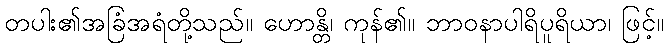
တပါး၏အခြံအရံတို့သည်။ ဟောန္တိ၊ ကုန်၏။ ဘာဝနာပါရိပူရိယာ၊ ဖြင့်။